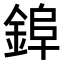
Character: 𮢌